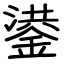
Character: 鍙